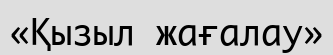
«Қызыл жағалау»